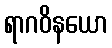
ရာဂဝိနယော